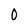
Character: 0